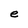
Character: e